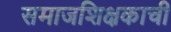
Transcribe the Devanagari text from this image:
समाजशिक्षकाची